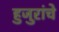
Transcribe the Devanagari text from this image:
हुजुरांचे